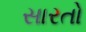
સારતો